Civil Veterinary Department. United Provinces 1912-22 - 1912-1922
Year: 1912
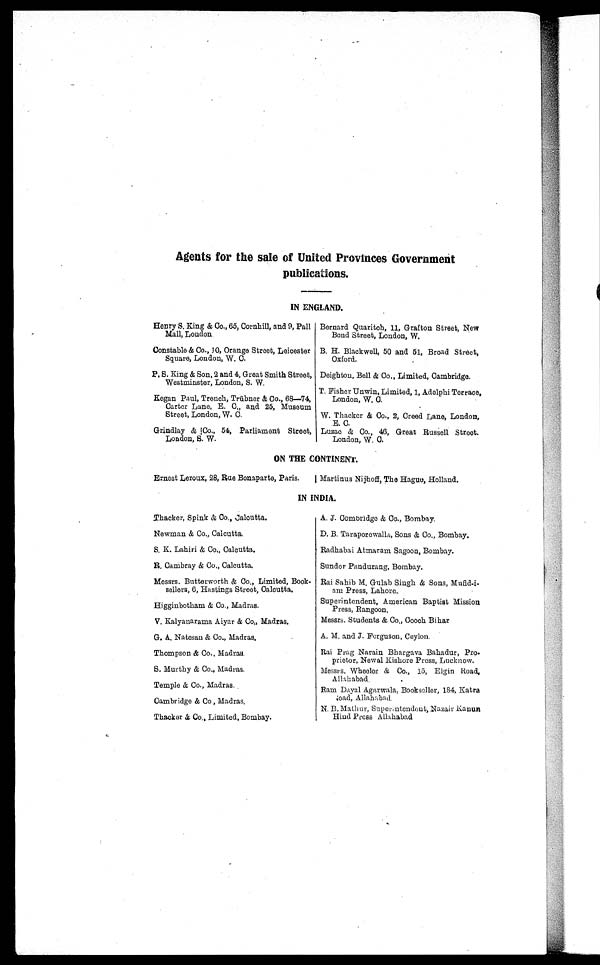
Agents for the sale of United Provinces Government
publications.
IN ENGLAND.
Henry S. King & Co., 60, Cornhill, and 9, Pall
Mall, London
Constable & Co., 10, Orange Street, Leicester
Square, Loudon, W. C.
P. 6. King & Son. 2 and 4, Great Smith Street,
Westminster, London, S. W.
Kegan Paul, Trench, Trubner & Co., 63—74,
Carter Lane, E. C., and 25, Museum
6trcet, London, W. C.
Grindlay & !Co., 54, Parliament Street,
London, 8. W.
Bernard Quaritch, 11, Grafton Street, New
Bond Street, London, W.
B. H. Black well, 50 and 51, Broad Street,
Oxford.
Deighton. Bell & Co., Limited, Cambridge.
T. Fisher Unwin, Limited, 1, Adelphi Terrace,
London, W. C.
W. Thacker & Co., 2, Creed Lane, London,
E. C.
Luzac & Co., 46, Great Russell Stroot.
London, W. C.
ON THE CONTINENT.
Ernest Leroux, 28, Rue Bonaparte, Paris.
Martinus Nijhoff, The Hague, Holland.
IN INDIA.
Thacker, Spink & Co., Calcutta.
Newman & Co., Calcutta.
S. K. Lahiri & Co., Calcutta.
R. Cambray & Co., Calcutta.
Messrs. Butterworth & Co., Limited, Book-
sellers, 0, Hastings Street, Calcutta.
Higginbotham & Co., Madras.
V. Kalyanarama Alyar & Co., Madras.
G. A. Natesan & Co., Madras.
Thompson & Co., Madras
S. Murthy & Co., Madras.
Temple & Co., Madras
Cambridge & Co, Madras.
Thacker & Co., Limited. Bombay.
A. J. Combridge & Co., Bombay.
D. B. Taraporewalla, Sons & Co., Bombay.
Radhabai Atmaram Sagoon, Bombay.
Sunder Pandurang, Bombay.
Rai Sahib M. Gulab Singh & Sons, Mufid-i-
am Press, Lahore.
Superintendent, American Baptist Mission
Press, Rangoon.
Messrs. Students & Co., Cooch Bihar
A. M. and J. Ferguson, Ceylon
Rai Prag Narain Bhargava Bahadur, Pro.
prictor, Newal Kishore Press, Lucknow.
Messrs. Wheeler & Co., 15, Elgin Road,
Allahabad
Ram Dayal Agarwala, Bookseller, 184, Katrs
Road, Allahabad
N. B. Mathur, Superintendent, Nazair Kanun
Hind Press Allahabad